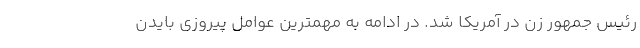
رئیس جمهور زن در آمریکا شد. در ادامه به مهمترین عوامل پیروزی بایدن